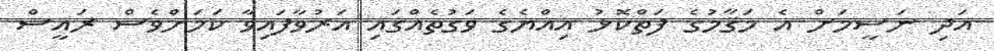
އަދި ނަސީމަށް އެ މަޤާމުގެ ފަތްކޮޅު އިއްޔެގެ ވަގުތެއްގައި އަރުވާފައިވާ ކަމަށްވެސް ރައީސް